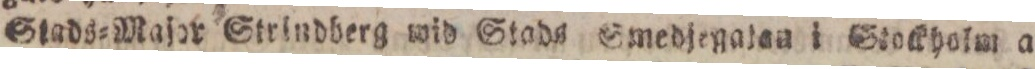
Stads=Major Strindberg wid Stads Smedjegalan i Stockholm a